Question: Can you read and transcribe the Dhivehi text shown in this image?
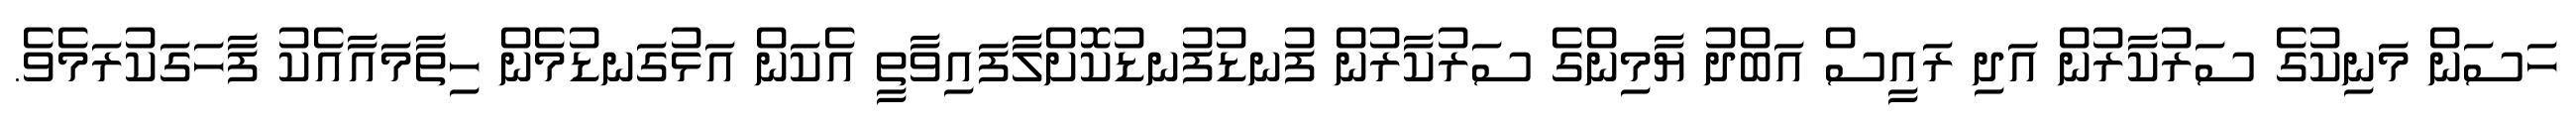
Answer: ހަސަން މަނިކުގެ ސަރުކާރުން އަދި ރައީސް އަބްދު ޔާމިންގެ ސަރުކާރުން ފުނޑުފުނޑުކޮށްލާފައިވާތީ އެކަން އަޅުގަނޑުމެން ހިތާމައާއެކު ފާހަގަކުރަމެވެ.